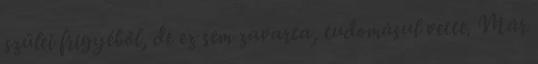
szülei frigyéből, de ez sem zavarta, tudomásul vette. Már